Lunatic asylums Central Provinces reports 1874-1885 - 1874-1885
Year: 1874
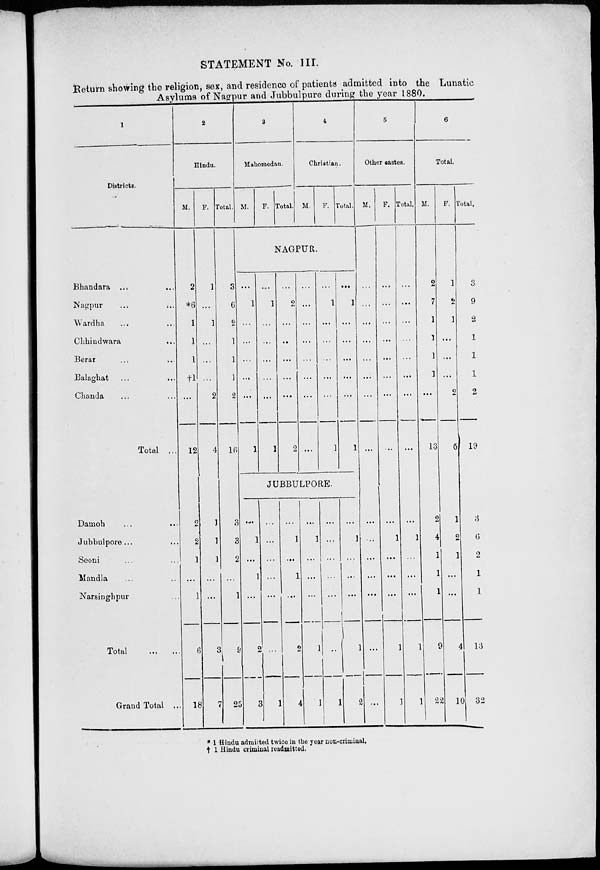
STATEMENT No. III.
Return showing the religion, sex, and residence of patients admitted into the Lunatic
Asylums of Nagpur and Jubbulpure during the year
1880.
1
Districts.
Bhandara ... ...
Nagpur ... ...
Wardha ... ...
Chhindwara ... ...
Berar ... ...
Balaghat
...
...
Chanda ... ...
Total ...
Damoh ... ...
Jubbulpore ... ...
Seoni ... ...
Mandla ... ...
Narsinghpur ... ...
Total
...
...
Grand Total ...
2
Hindu.
M.
2
*6
1
1
1
†1
...
12
2
2
1
...
1
6
18
F.
1
...
1
...
...
...
2
4
1
1
1
...
...
3
7
Total.
3
6
2
1
1
1
2
16
3
3
2
...
1
9
25
3
Mahomedan.
M.
F. Total.
4
Christian.
M.
F. Total.
NAGPUR.
...
1
...
...
...
...
...
1
...
1
...
...
...
...
...
1
...
2
...
...
...
...
...
2
...
...
...
...
...
...
...
...
...
1
...
...
...
...
...
1
...
1
...
...
...
...
...
1
JUBBULPORE.
...
1
...
1
...
2
3
...
...
...
...
...
...
1
...
1
...
1
...
2
4
...
1
...
...
...
1
1
...
...
...
...
...
...
1
...
1
...
...
...
1
2
5
Other castes.
M.
...
...
...
...
...
...
...
...
...
...
...
...
...
...
...
F.
...
...
...
...
...
...
...
...
...
1
...
...
...
1
1
Total.
...
...
...
...
...
...
...
...
...
1
...
...
...
1
1
6
Total.
M.
2
7
1
1
1
1
...
13
2
4
1
1
1
9
22
F.
1
2
1
...
...
...
2
6
1
2
1
...
...
4
10
Total.
3
9
2
1
1
1
2
19
3
6
2
1
1
13
32
* 1 Hindu admitted twice in the year non-criminal.
† 1 Hindu criminal readmitted.